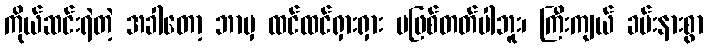
ကိုယ်ဆင်းရဲတဲ့ အခါတော့ ဘာမှ ထင်ထင်ရှားရှား မဖြစ်တတ်ပါဘူး၊ ကြီးကျယ် ခမ်းနားစွာ